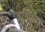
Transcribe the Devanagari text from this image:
उरिआह